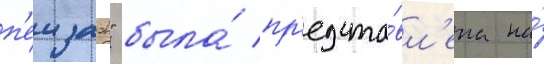
п'еизаж" была́ пр'едста́вл'ена на́